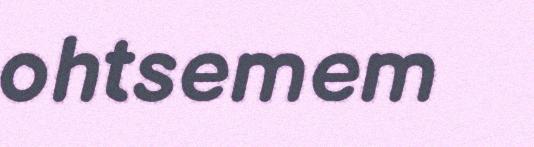
ohtsemem